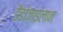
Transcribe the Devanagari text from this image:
डैडोज़ाइलान